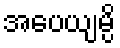
အပေယျမ္ပိ